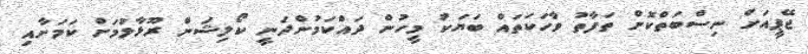
ޖޭޕީއަށް ނިސްބަތްކޮށް ތަފާތު ވާހަކަތައް ބަޔަކު މީހުން ދައްކަމުންދަނީ ކޯލިޝަން ރޫޅާލުމަށް ކަމަށާއި